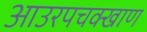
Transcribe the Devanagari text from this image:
आउरपचक्खाण